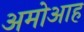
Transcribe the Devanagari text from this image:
अमोआह